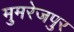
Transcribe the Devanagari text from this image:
मुमरेजपुर